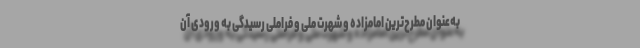
به‌عنوان مطرح‌ترین امامزاده و شهرت ملی و فراملی رسیدگی به ورودی آن